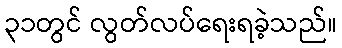
၃၁တွင် လွတ်လပ်ရေးရခဲ့သည်။